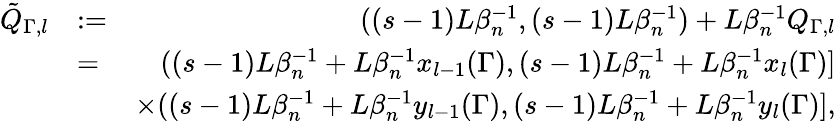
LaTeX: \begin{array}{rlr}{\tilde{Q}_{\Gamma,l}}&{:=}&{((s-1)L\beta_{n}^{-1},(s-1)L\beta_{n}^{-1})+L\beta_{n}^{-1}Q_{\Gamma,l}}\\ &{=}&{((s-1)L\beta_{n}^{-1}+L\beta_{n}^{-1}x_{l-1}(\Gamma),(s-1)L\beta_{n}^{-1}+L\beta_{n}^{-1}x_{l}(\Gamma)]}\\ &{}&{\times((s-1)L\beta_{n}^{-1}+L\beta_{n}^{-1}y_{l-1}(\Gamma),(s-1)L\beta_{n}^{-1}+L\beta_{n}^{-1}y_{l}(\Gamma)],}\end{array}